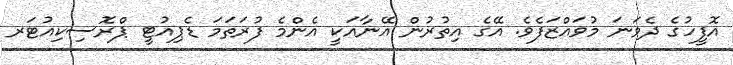
އޮފީހުގެ ދެވަނަ މުވައްޒަފެވެ. އޭގެ އިތުރުން އޭނާއަކީ އެންމެ ފުރަތަމަ ޑެޕިއުޓީ ޕްރޮސިކިއުޓަރ